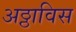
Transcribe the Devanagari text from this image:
अठ्ठाविस